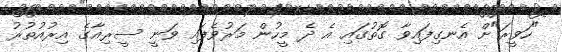
"ހަވީރަ"ށް އެނގިފައިވާ ގޮތުގައި އެ ދެ މީހުން މަރުވެފައި ވަނީ ސީރިއާގެ އިރުއުތުރު